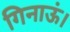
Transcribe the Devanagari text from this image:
गिनाऊं।